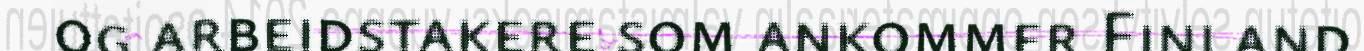
og arbeidstakere som ankommer Finland